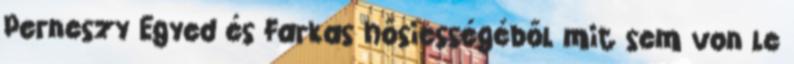
Perneszy Egyed és Farkas hősiességéből mit sem von le